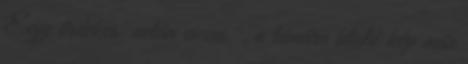
Egy érdekes netán vicces , a témára utaló kép már